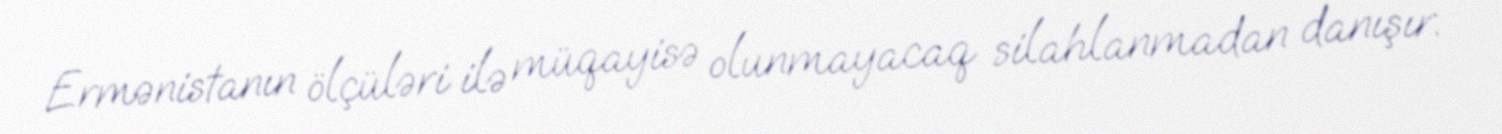
Ermənistanın ölçüləri ilə müqayisə olunmayacaq silahlanmadan danışır.